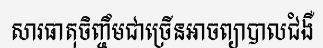
សារធាតុចិញ្ចឹមជាច្រើនអាចព្យាបាលជំងឺ